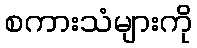
စကားသံများကို